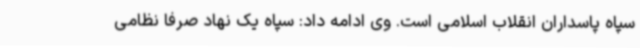
سپاه پاسداران انقلاب اسلامی است. وی ادامه داد: سپاه یک نهاد صرفا نظامی